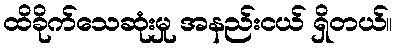
ထိခိုက်သေဆုံးမှု အနည်းငယ် ရှိတယ်။